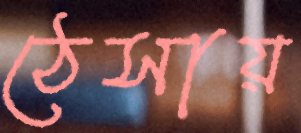
ঠেসায়